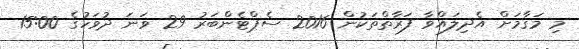
މި މަޤާމަށް އެދިލައްވާ ފަރާތްތަކުން 2016 ސެޕްޓެންބަރު 29 ވަނަ ދުވަހުގެ 15:00